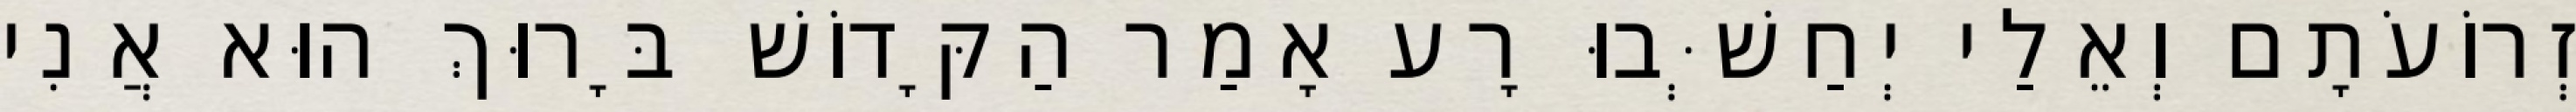
זְרוֹעֹתָם וְאֵלַי יְחַשְּׁבוּ רָע אָמַר הַקָּדוֹשׁ בָּרוּךְ הוּא אֲנִי